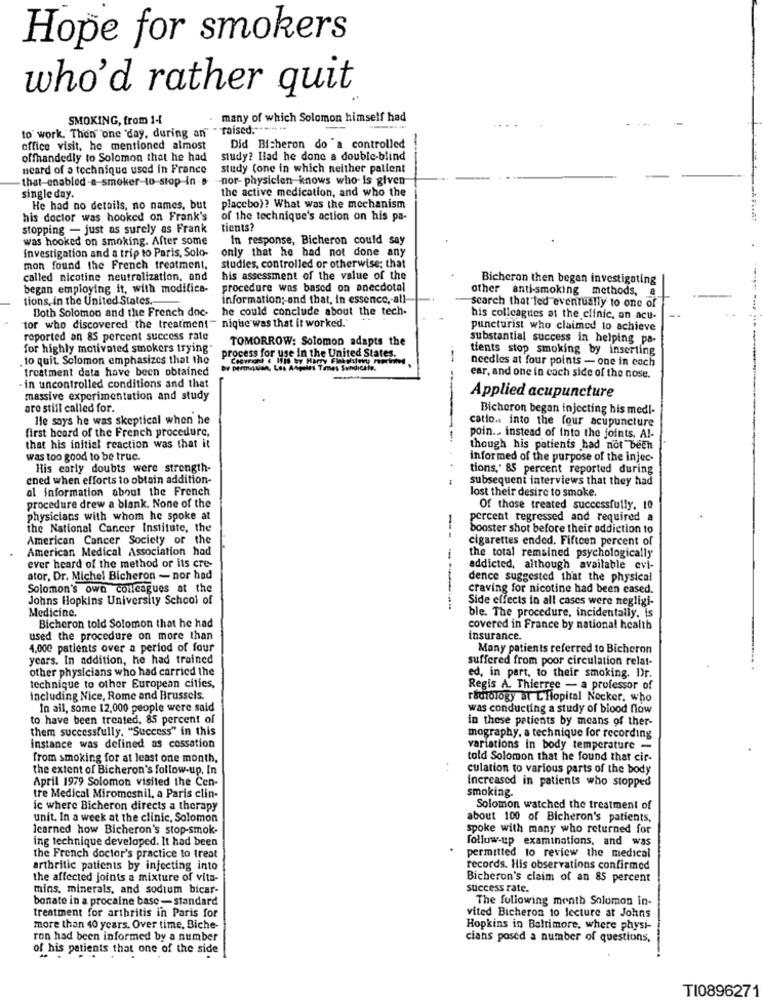
Hope for smokers
who'd rather quit
SMOKING, trom 1-1
many of which Solomon himself had
to work. Then one "day, during an"
- raised .---... ..
office visit, he mentioned almost
Did Bisheron do "a controlled
offhandedly to Solomon that he had
study? liad he done a double-blind
neard of a technique used in France
study (one in which neither pallent
nor- physicien knows who- is given
the active medication, and who the
single day.
He had no details, no names, but
placebo)? What was the mechanism
his doctor was hooked on Frank's
of the technique's action on his pa-
stopping - just as surely as Frank
tients?
was hooked on smoking. After some
In response, Bicheron could say
Investigation and a trip to Paris, Solo-
only that he had not done any
mon found the French treatment,
studies, controlled or otherwise; that
called nicotine neutralization, and
his assessment of the value of the
Bicheron then began investigating
began employing it, with modifica-
procedure was based on anecdotal
other anti-smoking methods,
tions, in the United States .-
information ;- and that, in essence, all
Both Solomon and the French doc- he could conclude about the tech-
search that led eventually to one of
his colleagues at the clinic, an acu-
tor who discovered the treatment" nique was that it worked."
puncturist who claimed to achieve
reported an 85 percent success rate
TOMORROW: Solomon adapts the
substantial success in helping pa-
for highly motivated smokers trying"
tients stop smoking by inserting
to quit Solomon emphasizes that the
process for use In the United States.
-
needles at four points - one in each
treatment data have been obtained
ear, and one in cach side of the nose.
- in uncontrolled conditions and that
massive experimentation and study
Applied acupuncture
are still called for.
Bicheron began injecting his medl-
He says he was skeptical when he
catio. into the four acupuncture
first heard of the French procedure,
poin .. instead of into the joints. Al-
that his initial reaction was that it
though his patients had not been
was too good to be true.
informed of the purpose of the injec-
His early doubts were strength-
tions,' 85 percent reported during
ened when efforts to obtain addition-
subsequent interviews that they had
al Information about the French
lost their desire to smoke.
procedure drew a blank. None of the
Of those treated successfully. 10
physicians with whom he spoke at
percent regressed and required a
the National Cancer Institute, the
booster shot before their addiction to
American Cancer Society of the
--
cigarettes ended. Fifteen percent of
American Medical Association had
the total remained psychologically
ever heard of the method or its cre-
addicted, although available evi-
ator, Dr. Michel Bicheron - nor had
dence suggested that the physical
Solomon's own colleagues at the
craving for nicotine had been cased.
Johns Hopkins University School of
Side effects in all cases were negligi-
Medicine.
-----
ble. The procedure, incidentally. is
Bicheron told Solomon that he had
covered in France by national health
used the procedure on more than
insurance.
4,000 patients over a period of four
Many patients referred to Bicheron
years. In addition, he had trained
suffered from poor circulation relat-
other physicians who had carried the
technique to other European cities,
ed, in part, to their smoking. Dr.
Regis A. Thierree - a professor of
including Nice, Rome and Brussels.
radiology at Lliopital Nocker, who
In all, some 12,000 people were said
was conducting a study of blood flow
to have been treated, 85 percent of
in these patients by means of ther-
them successfully. "Success" in this
mography, a technique for recording
instance was defined as cossation
variations in body temperature -
from smoking for at least one month,
told Solomon that he found that cir-
the extent of Bicheron's follow-up. In
culation to various parts of the body
April 1979 Solomon visited the Cen-
increased in patients who stopped
smoking.
tre Medical Miromesnil, a Paris clin-
ic where Bicheron directs a therapy
Solomon watched the treatment of
unit. In a week at the clinic, Solomon
about 100 of Bicheron's patients.
learned how Bicheron's stop-smok-
spoke with many who returned for
ing technique developed. It had been
follow-up examinations, and was
the French doctor's practice to treat
permitted to review the medical
arthritic patients by injecting into
records. His observations confirmed
the affected joints a mixture of vita-
Bicheron's claim of an 85 percent
mins, minerals, and sodium bicar-
success rate.
bonate in a procaine base - standard
The following month Solumon in-
treatment for arthritis in Paris for
vited Bicheron to lecture at Johns
more than 40 years. Over time, Biche-
Hopkins in Baltimore, where physi-
ron had been informed by a number
cians posed a number of questions,
of his patients that one of the side
TI0896271